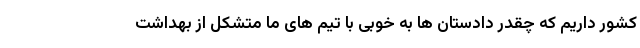
کشور داریم که چقدر دادستان ها به خوبی با تیم های ما متشکل از بهداشت